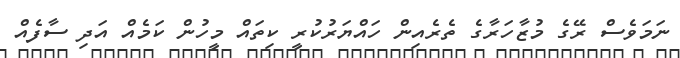
ނަމަވެސް ރޭގެ މުޒާހަރާގެ ތެރެއިން ހައްޔަރުކުރީ ކިތައް މީހުން ކަމެއް އަދި ސާފެއް